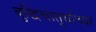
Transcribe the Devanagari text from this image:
बुद्धिचातुर्याच्या